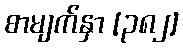
စာမျက်နှာ [၃၈၂]